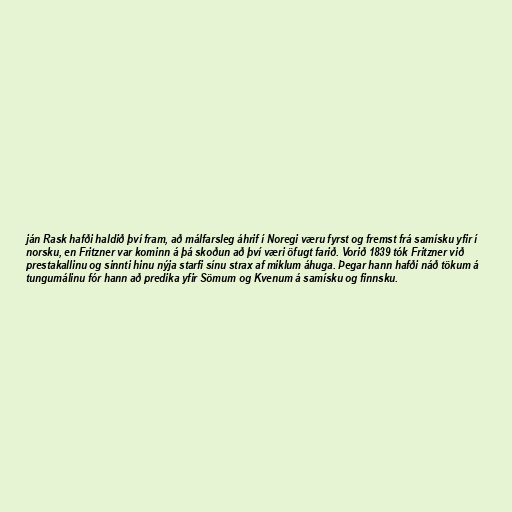
ján Rask hafði haldið því fram, að málfarsleg áhrif í Noregi væru fyrst og fremst frá samísku yfir í
norsku, en Fritzner var kominn á þá skoðun að því væri öfugt farið. Vorið 1839 tók Fritzner við
prestakallinu og sinnti hinu nýja starfi sínu strax af miklum áhuga. Þegar hann hafði náð tökum á
tungumálinu fór hann að predika yfir Sömum og Kvenum á samísku og finnsku.